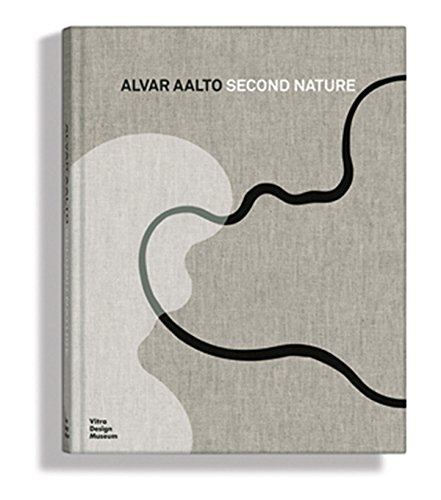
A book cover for Alvar Aalto: Second Nature; Jochen Eisenbrand; Arts & Photography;